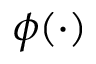
\phi ( \cdot )